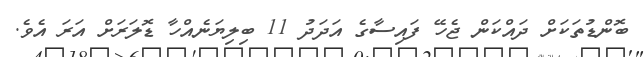
ބޮންޑުތަކަށް ދައްކަން ޖެހޭ ފައިސާގެ އަދަދު 11 ބިލިޔަނެއްހާ ޑޮލަރަށް އަރަ އެވެ.